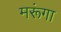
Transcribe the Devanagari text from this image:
मरूंगा